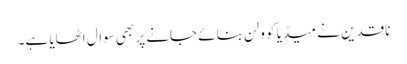
ناقدین نے میڈیا کو ولن بنائے جانے پر بھی سوال اٹھایا ہے۔